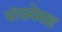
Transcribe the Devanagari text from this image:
संख्येसह